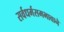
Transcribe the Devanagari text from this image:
सर्वधर्मसमभावाने